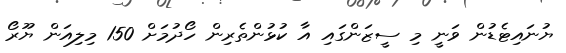
ޔުނައިޓެޑުން ވަނީ މި ސީޒަންގައި އާ ކުޅުންތެރިން ހޯދުމަށް 150 މިލިއަން ޔޫރޯ